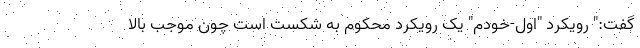
گفت:" رویکرد "اول-خودم" یک رویکرد محکوم به شکست است چون موجب بالا